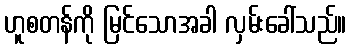
ဟူစတန်ကို မြင်သောအခါ လှမ်းခေါ်သည်။